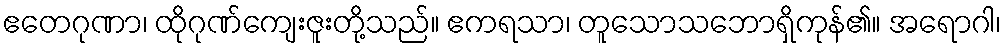
ဧတေဂုဏာ၊ ထိုဂုဏ်ကျေးဇူးတို့သည်။ ဧကရသာ၊ တူသောသဘောရှိကုန်၏။ အရောဂါ၊